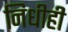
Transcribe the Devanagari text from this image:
निधीही